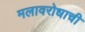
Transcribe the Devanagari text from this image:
मलावरोधाची